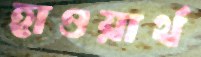
হাওয়ার্থ